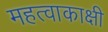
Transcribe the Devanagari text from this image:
महत्वाकाक्षी